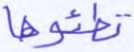
تطئوها